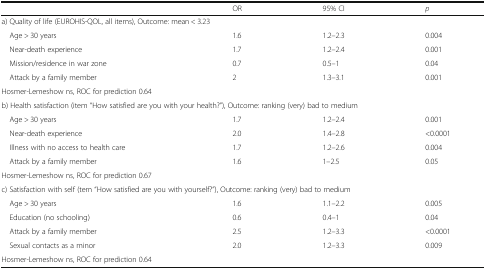
<table><thead><tr><td></td><td><b>OR</b></td><td><b>95% CI</b></td><td><b><i>p</i></b></td></tr></thead><tbody><tr><td colspan="4">a) Quality of life (EUROHIS-QOL, all items), Outcome: mean &lt; 3.23</td></tr><tr><td> Age &gt; 30 years</td><td>1.6</td><td>1.2–2.3</td><td>0.004</td></tr><tr><td> Near-death experience</td><td>1.7</td><td>1.2–2.4</td><td>0.001</td></tr><tr><td> Mission/residence in war zone</td><td>0.7</td><td>0.5–1</td><td>0.04</td></tr><tr><td> Attack by a family member</td><td>2</td><td>1.3–3.1</td><td>0.001</td></tr><tr><td>Hosmer-Lemeshow ns, ROC for prediction 0.64</td><td></td><td></td><td></td></tr><tr><td colspan="4">b) Health satisfaction (item “How satisfied are you with your health?”), Outcome: ranking (very) bad to medium</td></tr><tr><td> Age &gt; 30 years</td><td>1.7</td><td>1.2–2.4</td><td>0.001</td></tr><tr><td> Near-death experience</td><td>2.0</td><td>1.4–2.8</td><td>&lt;0.0001</td></tr><tr><td> Illness with no access to health care</td><td>1.7</td><td>1.2–2.6</td><td>0.004</td></tr><tr><td> Attack by a family member</td><td>1.6</td><td>1–2.5</td><td>0.05</td></tr><tr><td>Hosmer-Lemeshow ns, ROC for prediction 0.67</td><td></td><td></td><td></td></tr><tr><td colspan="4">c) Satisfaction with self (tem “How satisfied are you with yourself?”), Outcome: ranking (very) bad to medium</td></tr><tr><td> Age &gt; 30 years</td><td>1.6</td><td>1.1–2.2</td><td>0.005</td></tr><tr><td> Education (no schooling)</td><td>0.6</td><td>0.4–1</td><td>0.04</td></tr><tr><td> Attack by a family member</td><td>2.5</td><td>1.2–3.3</td><td>&lt;0.0001</td></tr><tr><td> Sexual contacts as a minor</td><td>2.0</td><td>1.2–3.3</td><td>0.009</td></tr><tr><td>Hosmer-Lemeshow ns, ROC for prediction 0.64</td><td></td><td></td><td></td></tr></tbody></table>